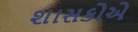
શાસકોએ